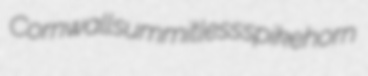
Cornwall summitless spikehorn